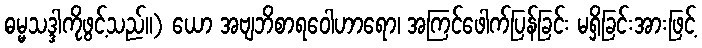
ဓမ္မသဒ္ဒါကိုဖွင့်သည်။) ယော အဗျဘိစာရဝေါဟာရော၊ အကြင်ဖေါက်ပြန်ခြင်း မရှိခြင်းအားဖြင့်